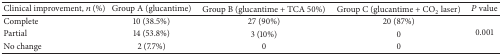
<table><thead><tr><td><b>Clinical improvement, <i>n</i> (%)</b></td><td><b>Group A (glucantime)</b></td><td><b>Group B (glucantime + TCA 50%)</b></td><td><b>Group C (glucantime + CO<sub>2</sub> laser)</b></td><td><b><i>P</i> value</b></td></tr></thead><tbody><tr><td>Complete</td><td>10 (38.5%)</td><td>27 (90%)</td><td>20 (87%)</td><td rowspan="3">0.001</td></tr><tr><td>Partial</td><td>14 (53.8%)</td><td>3 (10%)</td><td>0</td></tr><tr><td>No change</td><td>2 (7.7%)</td><td>0</td><td>0</td></tr></tbody></table>